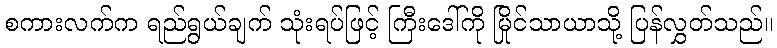
စကားလက်က ရည်ရွယ်ချက် သုံးရပ်ဖြင့် ကြီးဒေါ်ကို မြိုင်သာယာသို့ ပြန်လွှတ်သည်။